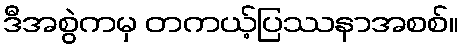
ဒီအစွဲကမှ တကယ့်ပြဿနာအစစ်။